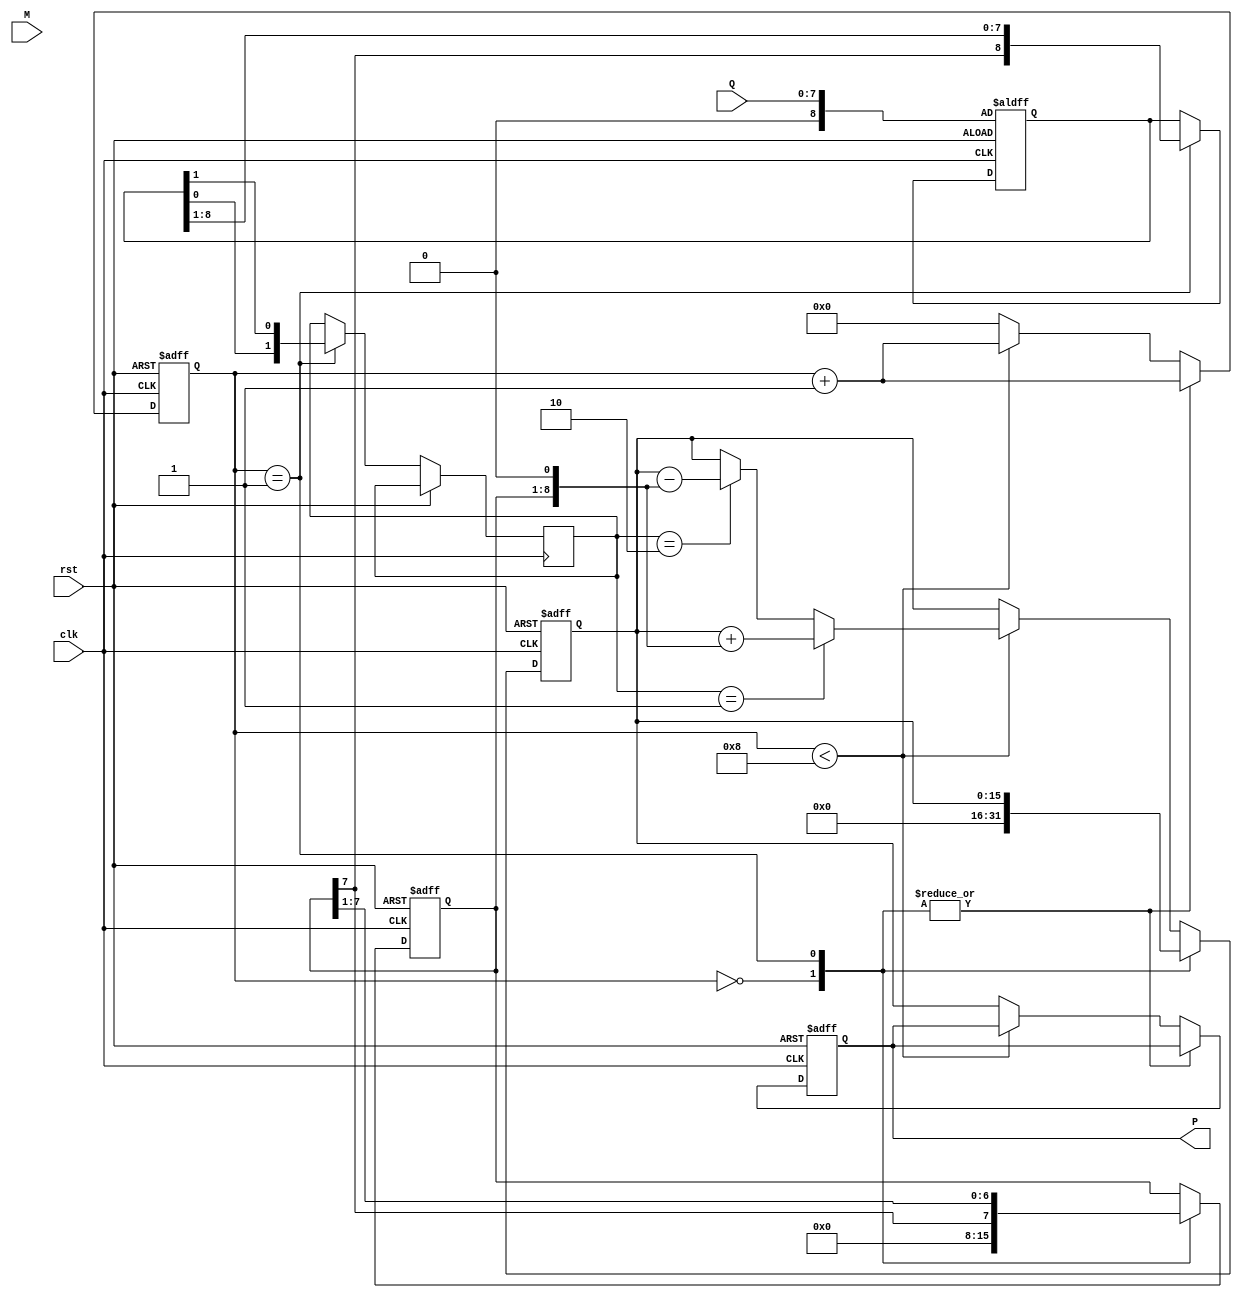
module modified_booth_multiplier #(
    parameter WIDTH = 8 // Bit width for M and Q
)(
    input wire clk,
    input wire rst,
    input wire [WIDTH-1:0] M, // Multiplicand
    input wire [WIDTH-1:0] Q, // Multiplier
    output reg [2*WIDTH-1:0] P // Product
);

    reg [WIDTH-1:0] A; // Accumulator
    reg [WIDTH:0] Q_ext; // Extended multiplier
    reg [2*WIDTH-1:0] P_temp; // Temporary product register
    reg [3:0] count; // Count for iterations
    reg [1:0] control; // Control signal for Booth encoding

    // Initialize product and control signals
    always @(posedge clk or posedge rst) begin
        if (rst) begin
            P <= 0;
            A <= 0;
            Q_ext <= {1'b0, Q}; // Extend Q by 1 bit
            P_temp <= 0;
            count <= 0;
        end else begin
            case (count)
                0: begin
                    // First iteration: Initialize P and A
                    P_temp <= 0;
                    A <= 0;
                    count <= count + 1;
                end
                1: begin
                    // Booth encoding logic
                    control = {Q_ext[0], Q_ext[1]}; // Get two least significant bits
                    case (control)
                        2'b00: begin
                            // No operation
                        end
                        2'b01: begin
                            // Add multiplicand
                            A <= A + M;
                        end
                        2'b10: begin
                            // Subtract multiplicand (negate M)
                            A <= A - M;
                        end
                        2'b11: begin
                            // No operation
                        end
                    endcase
                    Q_ext <= {A[WIDTH-1], Q_ext[WIDTH:1]}; // Shift Q_ext right
                    A <= {A[WIDTH-1], A[WIDTH-1:1]}; // Arithmetic right shift A
                    count <= count + 1;
                end
                default: begin
                    if (count < WIDTH) begin
                        // Accumulate product
                        if (control == 2'b01) begin
                            P_temp <= P_temp + (A << 1);
                        end else if (control == 2'b10) begin
                            P_temp <= P_temp - (A << 1);
                        end
                        count <= count + 1;
                    end else begin
                        // Final stage: Store the product
                        P <= P_temp;
                        count <= 0; // Reset for next operation
                    end
                end
            endcase
        end
    end
endmodule